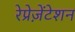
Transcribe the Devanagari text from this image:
रेप्रेज़ेंटेशन